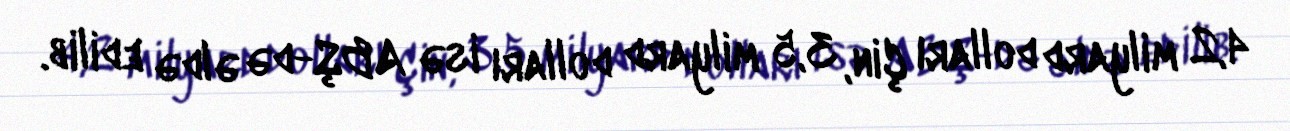
4,2 milyard dolları Çin, 3,5 milyard dolları isə ABŞ-də əldə edilib.